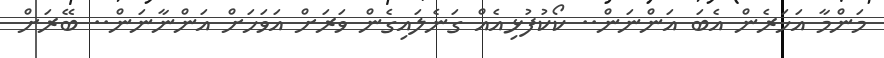
މަންމާ އަހަރެން އެބަ އަންނަން.. ކޯކުފުޅިއެއް ގަނެލައިގެން ވަރަށް އަވަހަށް އަންނާނަން.. ބޭރަށް